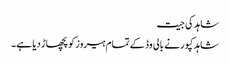
شاہد کی جیت
شاہد کپور نے بالی وڈ کے تمام ہیروز کو پچھاڑ دیا ہے۔